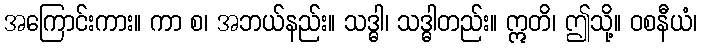
အကြောင်းကား။ ကာ စ၊ အဘယ်နည်း။ သဒ္ဓါ၊ သဒ္ဓါတည်း။ ဣတိ၊ ဤသို့။ ဝစနီယံ၊